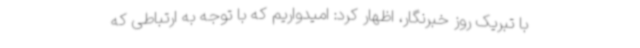
با تبریک روز خبرنگار، اظهار کرد: امیدواریم که با توجه به ارتباطی که